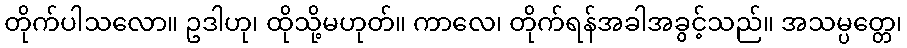
တိုက်ပါသလော။ ဥဒါဟု၊ ထိုသို့မဟုတ်။ ကာလေ၊ တိုက်ရန်အခါအခွင့်သည်။ အသမ္ပတ္တေ၊